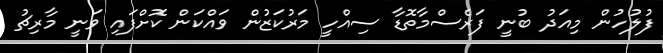
ފުލުހުން މިއަދު ބުނީ ފަރެސްމާތޮޑާ ސިއްހީ މަރުކަޒުން ވައްކަން ކޮށްފައި ވަނީ މާރިޗު